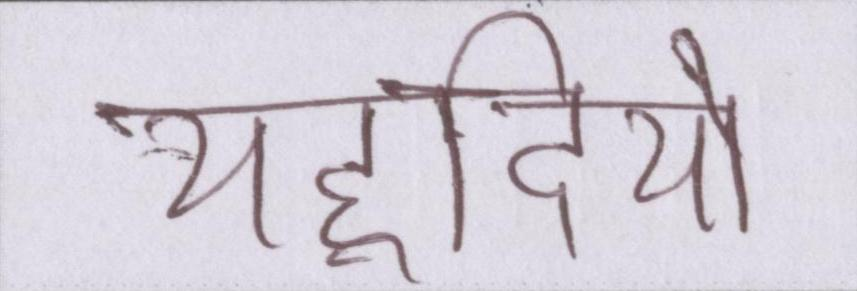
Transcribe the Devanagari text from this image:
यहूदियों